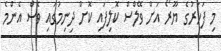
މި ފަހަރުގެ ޔޫރޯ އަށް ވޭލްސް ކޮލިފައި ކޮށް ދިނިމުގައި ވެސް އެންމެ